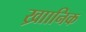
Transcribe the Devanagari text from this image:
ख्राानिक